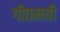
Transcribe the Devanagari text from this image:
गीतमयी